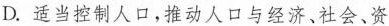
D. 适当控制人口，推动人口与经济、社会、资